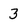
Character: 3